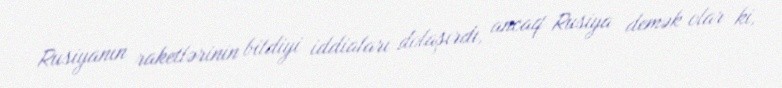
Rusiyanın raketlərinin bitdiyi iddiaları dolaşırdı, ancaq Rusiya demək olar ki,